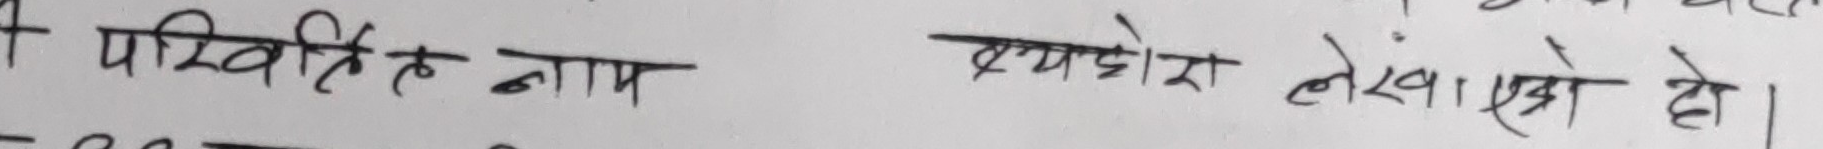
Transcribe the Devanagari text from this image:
परिचित है नाम एम्यडोरा लेखा। एगो हो।